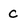
Character: c